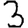
Digit: 3